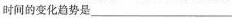
时间的变化趋势是___